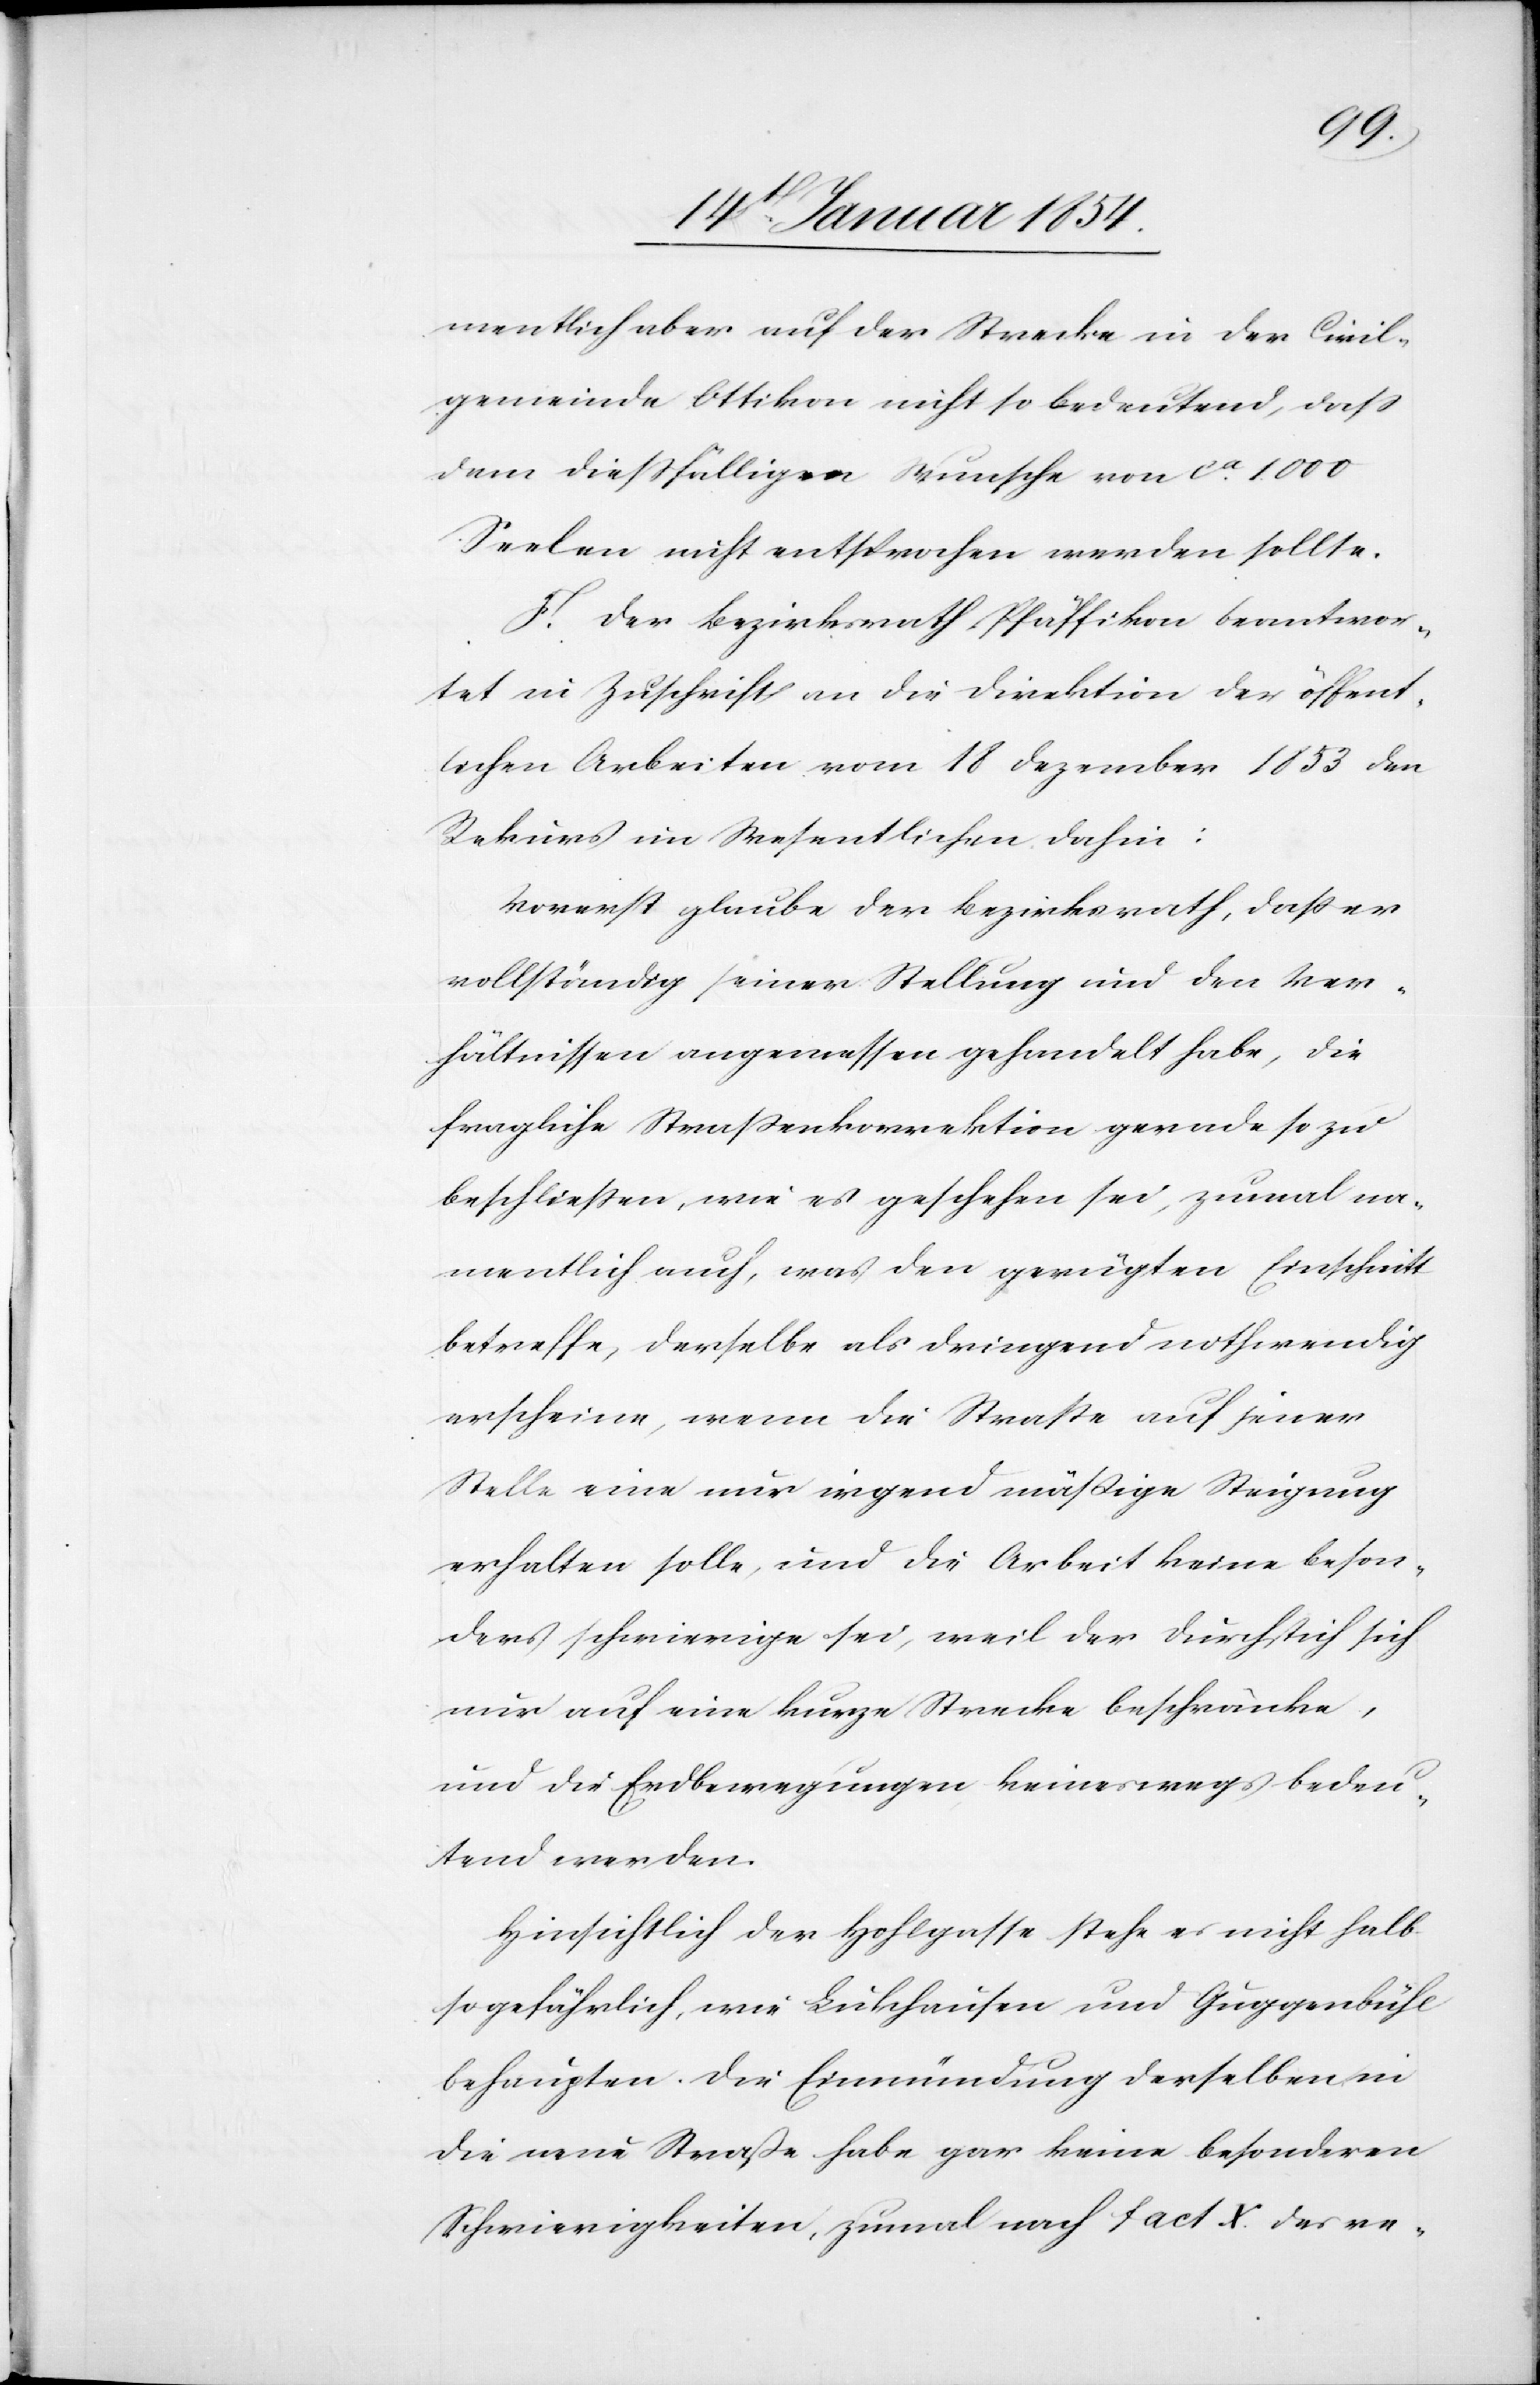
mentlich aber auf der Strecke in der Civil¬
gemeinde Ottikon nicht so bedeutend, daß
dem dießfälligen Wunsche von ca 1000
Seelen nicht entsprochen werden sollte.
F. Der Bezirksrath Pfäffikon beantwor¬
tet in Zuschrift an die Direktion der öffent¬
lichen Arbeiten vom 18 Dezember 1853 den
Rekurs im Wesentlichen dahin:
Vorerst glaube der Bezirksrath, daß er
vollständig seiner Stellung und den Ver¬
hältnissen angemessen gehandelt habe, die
fragliche Straßenkorrektion gerade so zu
beschließen, wie es geschehen sei, zumalen na¬
mentlich auch, was den gerügten Einschnitt
betreffe, derselbe als dringend nothwendig
erscheine, wenn die Straße auf jener
Stelle eine nur irgend mäßige Steigung
erhalten solle, und die Arbeit keine beson¬
ders schwierige sei, weil der Durchstich sich
nur auf eine kurze Strecke beschränke,
und die Erdbewegungen keineswegs bedeu¬
tend werden.
Hinsichtlich der Hohlgasse stehe es nicht halb
so gefährlich, wie Lukhausen und Guggenbühl
behaupten. Die Einmündung derselben in
die neue Straße habe gar keine besonderen
Schwierigkeiten, zumal nach Fact X des re-